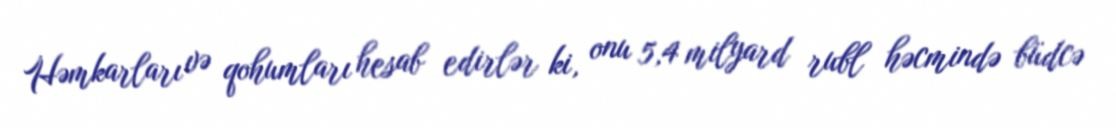
Həmkarları və qohumları hesab edirlər ki, onu 5,4 milyard rubl həcmində büdcə